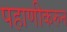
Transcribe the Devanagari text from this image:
पहाणीकरुन